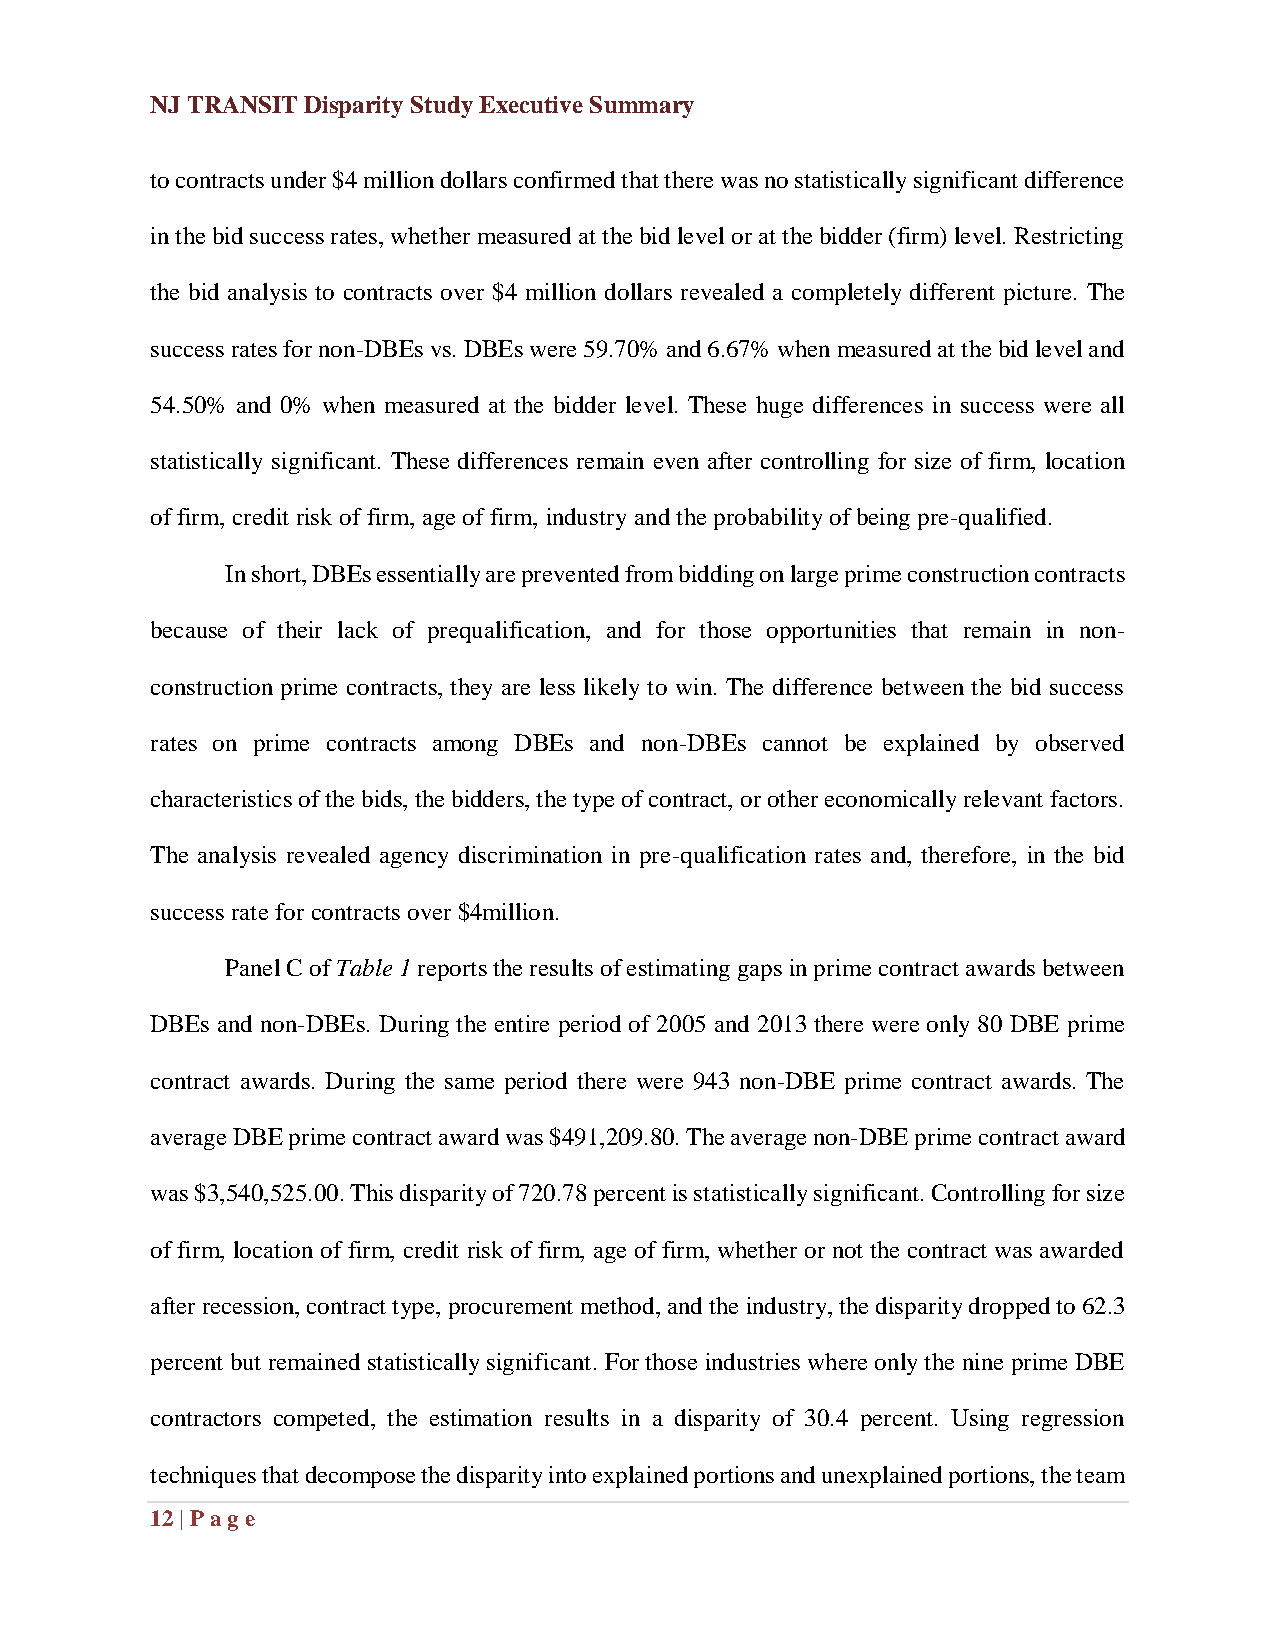
NJ TRANSIT Disparity Study Executive Summary
 to contracts under $4 million dollars confirmed that there was no statistically significant difference
 in the bid success rates, whether measured at the bid level or at the bidder (firm) level. Restricting
 the bid analysis to contracts over $4 million dollars revealed a completely different picture. The
 success rates for non-DBEs vs. DBEs were 59.70% and 6.67% when measured at the bid level and
 54.50% and 0% when measured at the bidder level. These huge differences in success were all
 statistically significant. These differences remain even after controlling for size of firm, location
 of firm, credit risk of firm, age of firm, industry and the probability of being pre-qualified.
 In short, DBEs essentially are prevented from bidding on large prime construction contracts
 because of their lack of prequalification, and for those opportunities that remain in non-
 construction prime contracts, they are less likely to win. The difference between the bid success
 rates on prime contracts among DBEs and non-DBEs cannot be explained by observed
 characteristics of the bids, the bidders, the type of contract, or other economically relevant factors.
 The analysis revealed agency discrimination in pre-qualification rates and, therefore, in the bid
 success rate for contracts over $4million.
 Panel C of Table 1 reports the results of estimating gaps in prime contract awards between
 DBEs and non-DBEs. During the entire period of 2005 and 2013 there were only 80 DBE prime
 contract awards. During the same period there were 943 non-DBE prime contract awards. The
 average DBE prime contract award was $491,209.80. The average non-DBE prime contract award
 was $3,540,525.00. This disparity of 720.78 percent is statistically significant. Controlling for size
 of firm, location of firm, credit risk of firm, age of firm, whether or not the contract was awarded
 after recession, contract type, procurement method, and the industry, the disparity dropped to 62.3
 percent but remained statistically significant. For those industries where only the nine prime DBE
 contractors competed, the estimation results in a disparity of 30.4 percent. Using regression
 techniques that decompose the disparity into explained portions and unexplained portions, the team
 12 | Pag e